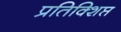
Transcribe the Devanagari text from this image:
प्रतिक्शिप्त